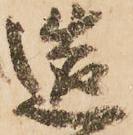
造